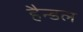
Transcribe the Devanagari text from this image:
हैन्डल